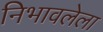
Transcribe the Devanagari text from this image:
निभावलेला